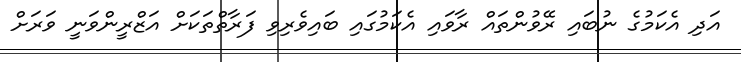
އަދި އެކަމުގެ ނުބައި ރޭވުންތައް ރާވައި އެކަމުގައި ބައިވެރިވި ފަރާތްތަކަށް އަޒްރީންވަނީ ވަރަށް